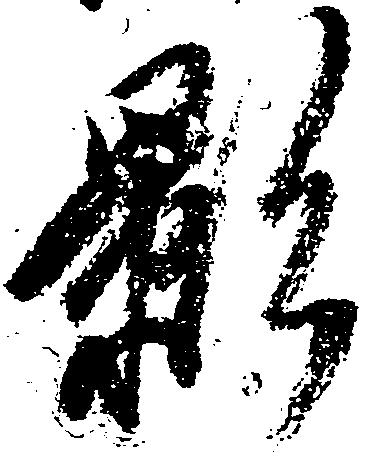
影